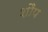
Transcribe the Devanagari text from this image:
शौप